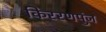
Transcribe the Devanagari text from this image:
किररणपुंज